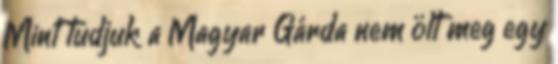
Mint tudjuk a Magyar Gárda nem ölt meg egy